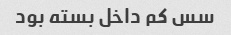
سس کم داخل بسته بود